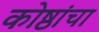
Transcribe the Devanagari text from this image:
कोष्ठांचा